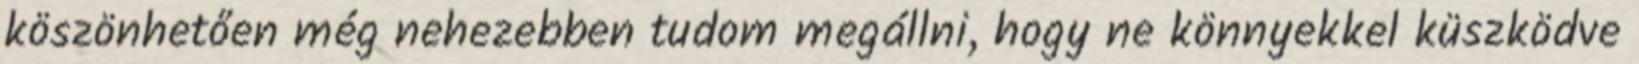
köszönhetően még nehezebben tudom megállni, hogy ne könnyekkel küszködve